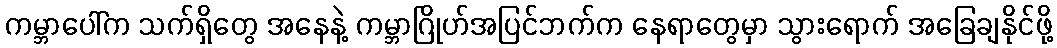
ကမ္ဘာပေါ်က သက်ရှိတွေ အနေနဲ့ ကမ္ဘာဂြိုဟ်အပြင်ဘက်က နေရာတွေမှာ သွားရောက် အခြေချနိုင်ဖို့